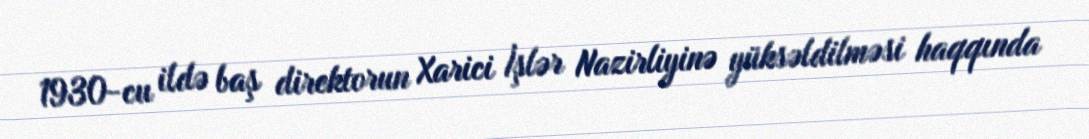
1930-cu ildə baş direktorun Xarici İşlər Nazirliyinə yüksəldilməsi haqqında